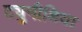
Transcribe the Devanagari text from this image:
ट्युनीशिया